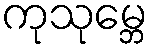
ကုသုမ္ဘေ